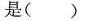
是()